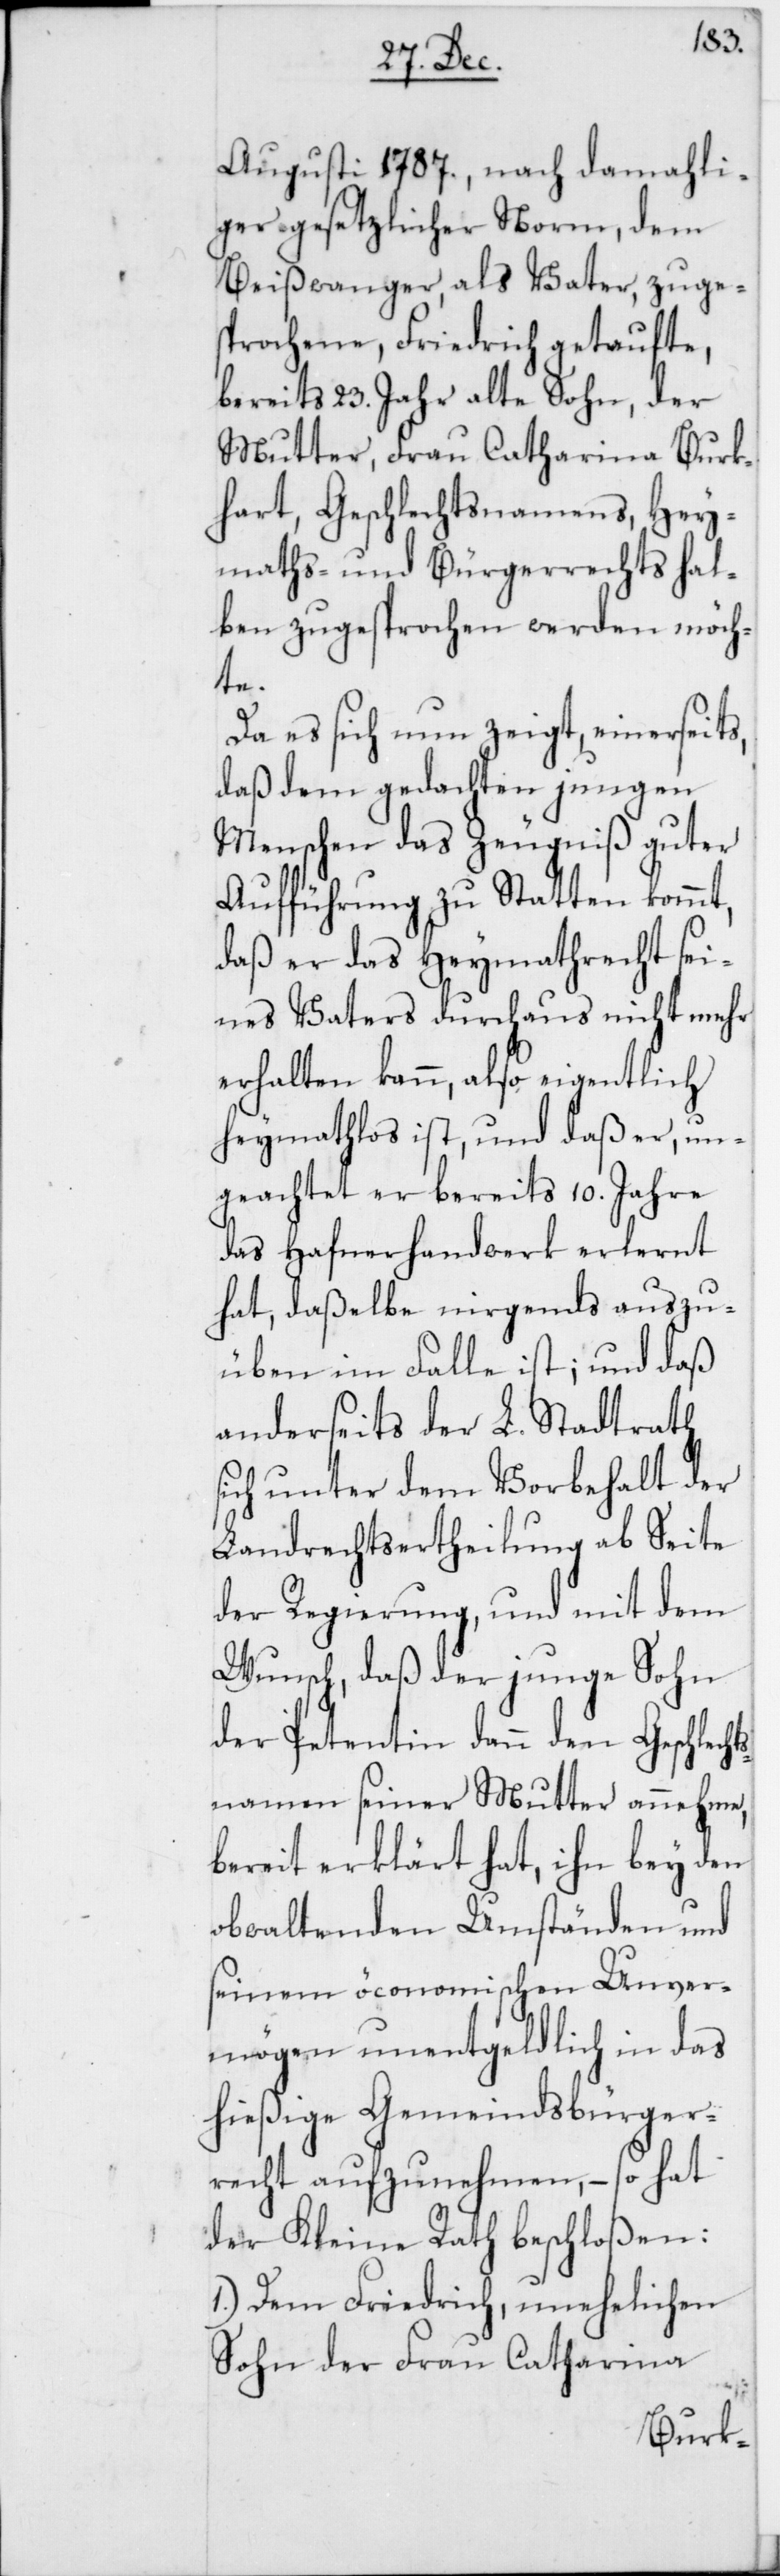
Augusti 1787., nach damahli¬
ger gesetzlicher Norm, dem
Beißwanger, als Vater, zuges¬
prochene, Friedrich getaufte,
bereits 23. Jahr alte Sohn, der
Mutter, Frau Catharina Burk¬
hart, Geschlechtsnamens, Hey¬
maths- und Bürgerrechts hal¬
ben zugesprochen werden möch¬
me,
Da es sich nun zeigt, einerseit¬
daß dem gedachten jungen
Menschen das Zeugniß guter
Aufführung zu Statten kommt,
daß er das Heymathrecht sei¬
nes Vaters durchaus nicht mehr
erhalten kann, also eigentlich
heymathlos ist, und daß er, un¬
geachtet er bereits 10. Jahre
das Hafnerhandwerk erlernt
hat, daßelbe nirgends auszu¬
üben im Fall ist; und daß
anderseits der L. Stadtrath
sich unter dem Vorbehalt der
Landrechtsertheilung ab Seite
der Regierung, und mit dem
Wunsch, daß der junge Sohn
der Petentin dann den Geschlech¬
namen seiner Mutter anneh¬
bereit erklärt hat, ihn bey den
obwaltenden Umständen und
seinem öconomischen Unver¬
mögen unentgeldlich in das
hießige Gemeindsbürger¬
recht aufzunehmen, – so hat
der Kleine Rath beschloßen:
1.) Dem Friedrich, unehelichen
Sohn der Frau Catharina